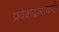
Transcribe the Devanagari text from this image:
प्रवेशद्वाराकडे